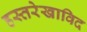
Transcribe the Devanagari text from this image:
हस्तरेखाविद